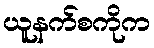
ယူနက်စကိုက